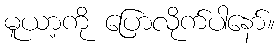
မူယာ့ကို ပြောလိုက်ပါနော်။